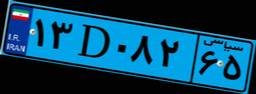
۸۵D۳۷۶۹۱